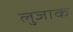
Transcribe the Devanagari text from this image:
लुजाक